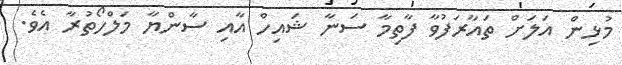
މުޅިން އަލަށް ތައާރަފުވާ ފާތިމާ ސަނާ ޝައިހް އާއި ސާންޔާ މަލްހޯތުރާ އެވެ.